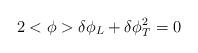
LaTeX: \begin{align*}2<\phi> \delta \phi_L + \delta \phi_T^2 = 0 \end{align*}